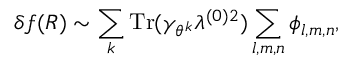
\delta f ( R ) \sim \sum _ { k } \mathrm { T r } ( \gamma _ { \theta ^ { k } } \lambda ^ { ( 0 ) 2 } ) \sum _ { l , m , n } \phi _ { l , m , n } ,